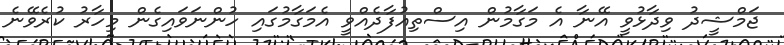
ޖަމްޝީދު ވިދާޅުވީ އޭނާ އެ މަގާމުން އިސްތިއުފާދެއްވީ އެމަގާމުގައި ހުންނަވައިގެން މިހާރު ކުރެވޭނެ